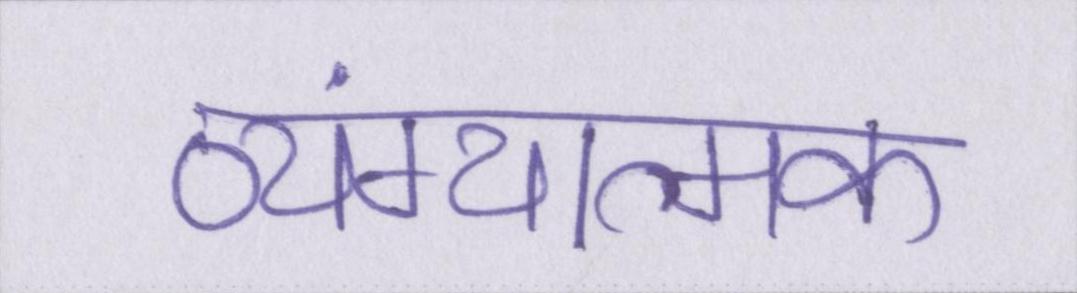
व्यंग्यात्मक